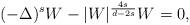
LaTeX: \begin{align*}(-\Delta)^s W -|W|^{\frac{4s}{d-2s}} W=0,\end{align*}